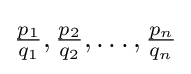
{\tfrac {p_{1}}{q_{1}}},{\tfrac {p_{2}}{q_{2}}},\dots ,{\tfrac {p_{n}}{q_{n}}}